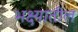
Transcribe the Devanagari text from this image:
भक्ष्यातील